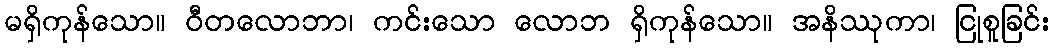
မရှိကုန်သော။ ဝီတလောဘာ၊ ကင်းသော လောဘ ရှိကုန်သော။ အနိဿုကာ၊ ငြုစူခြင်း